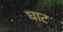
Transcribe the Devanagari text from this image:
घाट